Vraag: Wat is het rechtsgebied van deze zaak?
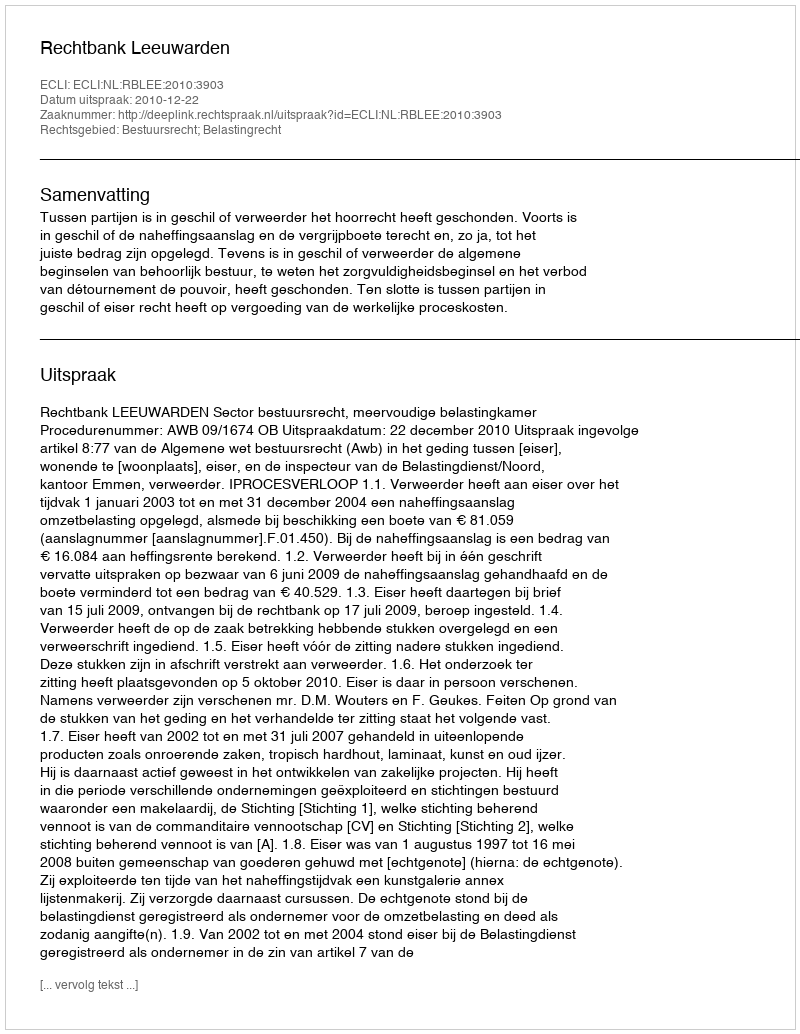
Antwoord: Bestuursrecht; Belastingrecht